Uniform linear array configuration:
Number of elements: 8
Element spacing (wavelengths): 0.5
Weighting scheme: exponential
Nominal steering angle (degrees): -45
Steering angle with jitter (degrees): -44.702
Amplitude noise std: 0.05
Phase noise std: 0.05

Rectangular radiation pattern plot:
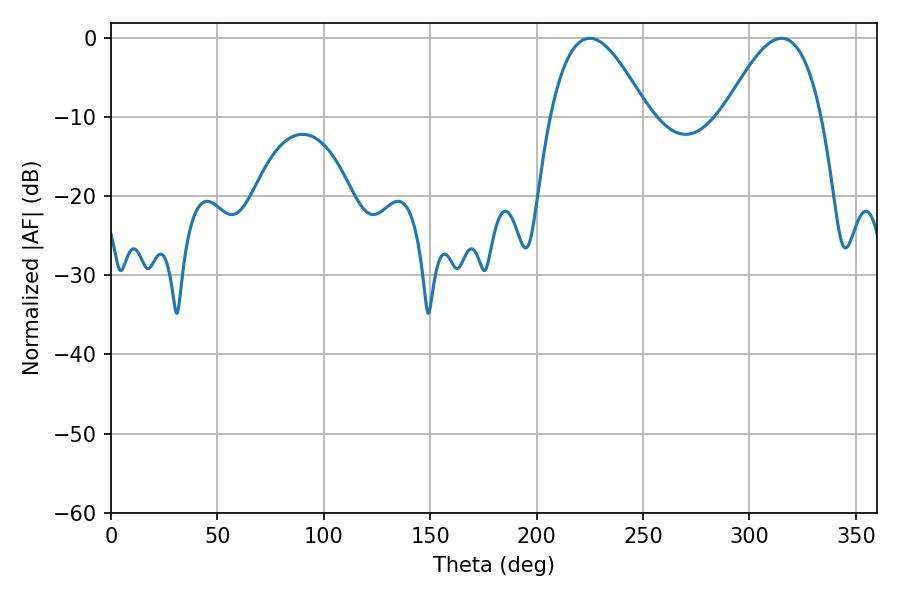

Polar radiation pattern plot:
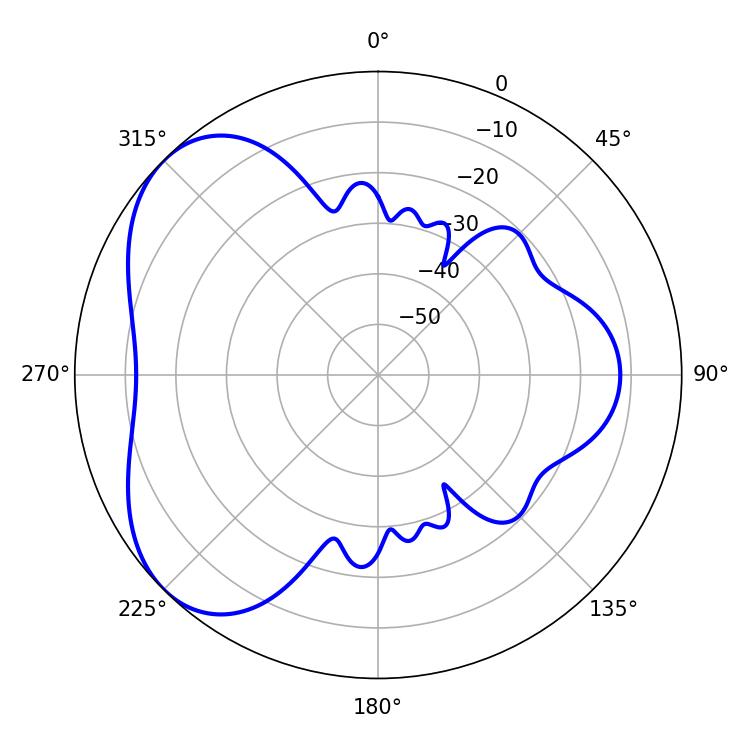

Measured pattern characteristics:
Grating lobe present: FALSE
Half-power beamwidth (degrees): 24.84
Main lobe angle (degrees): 225